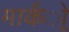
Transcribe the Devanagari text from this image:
मार्कर्ो